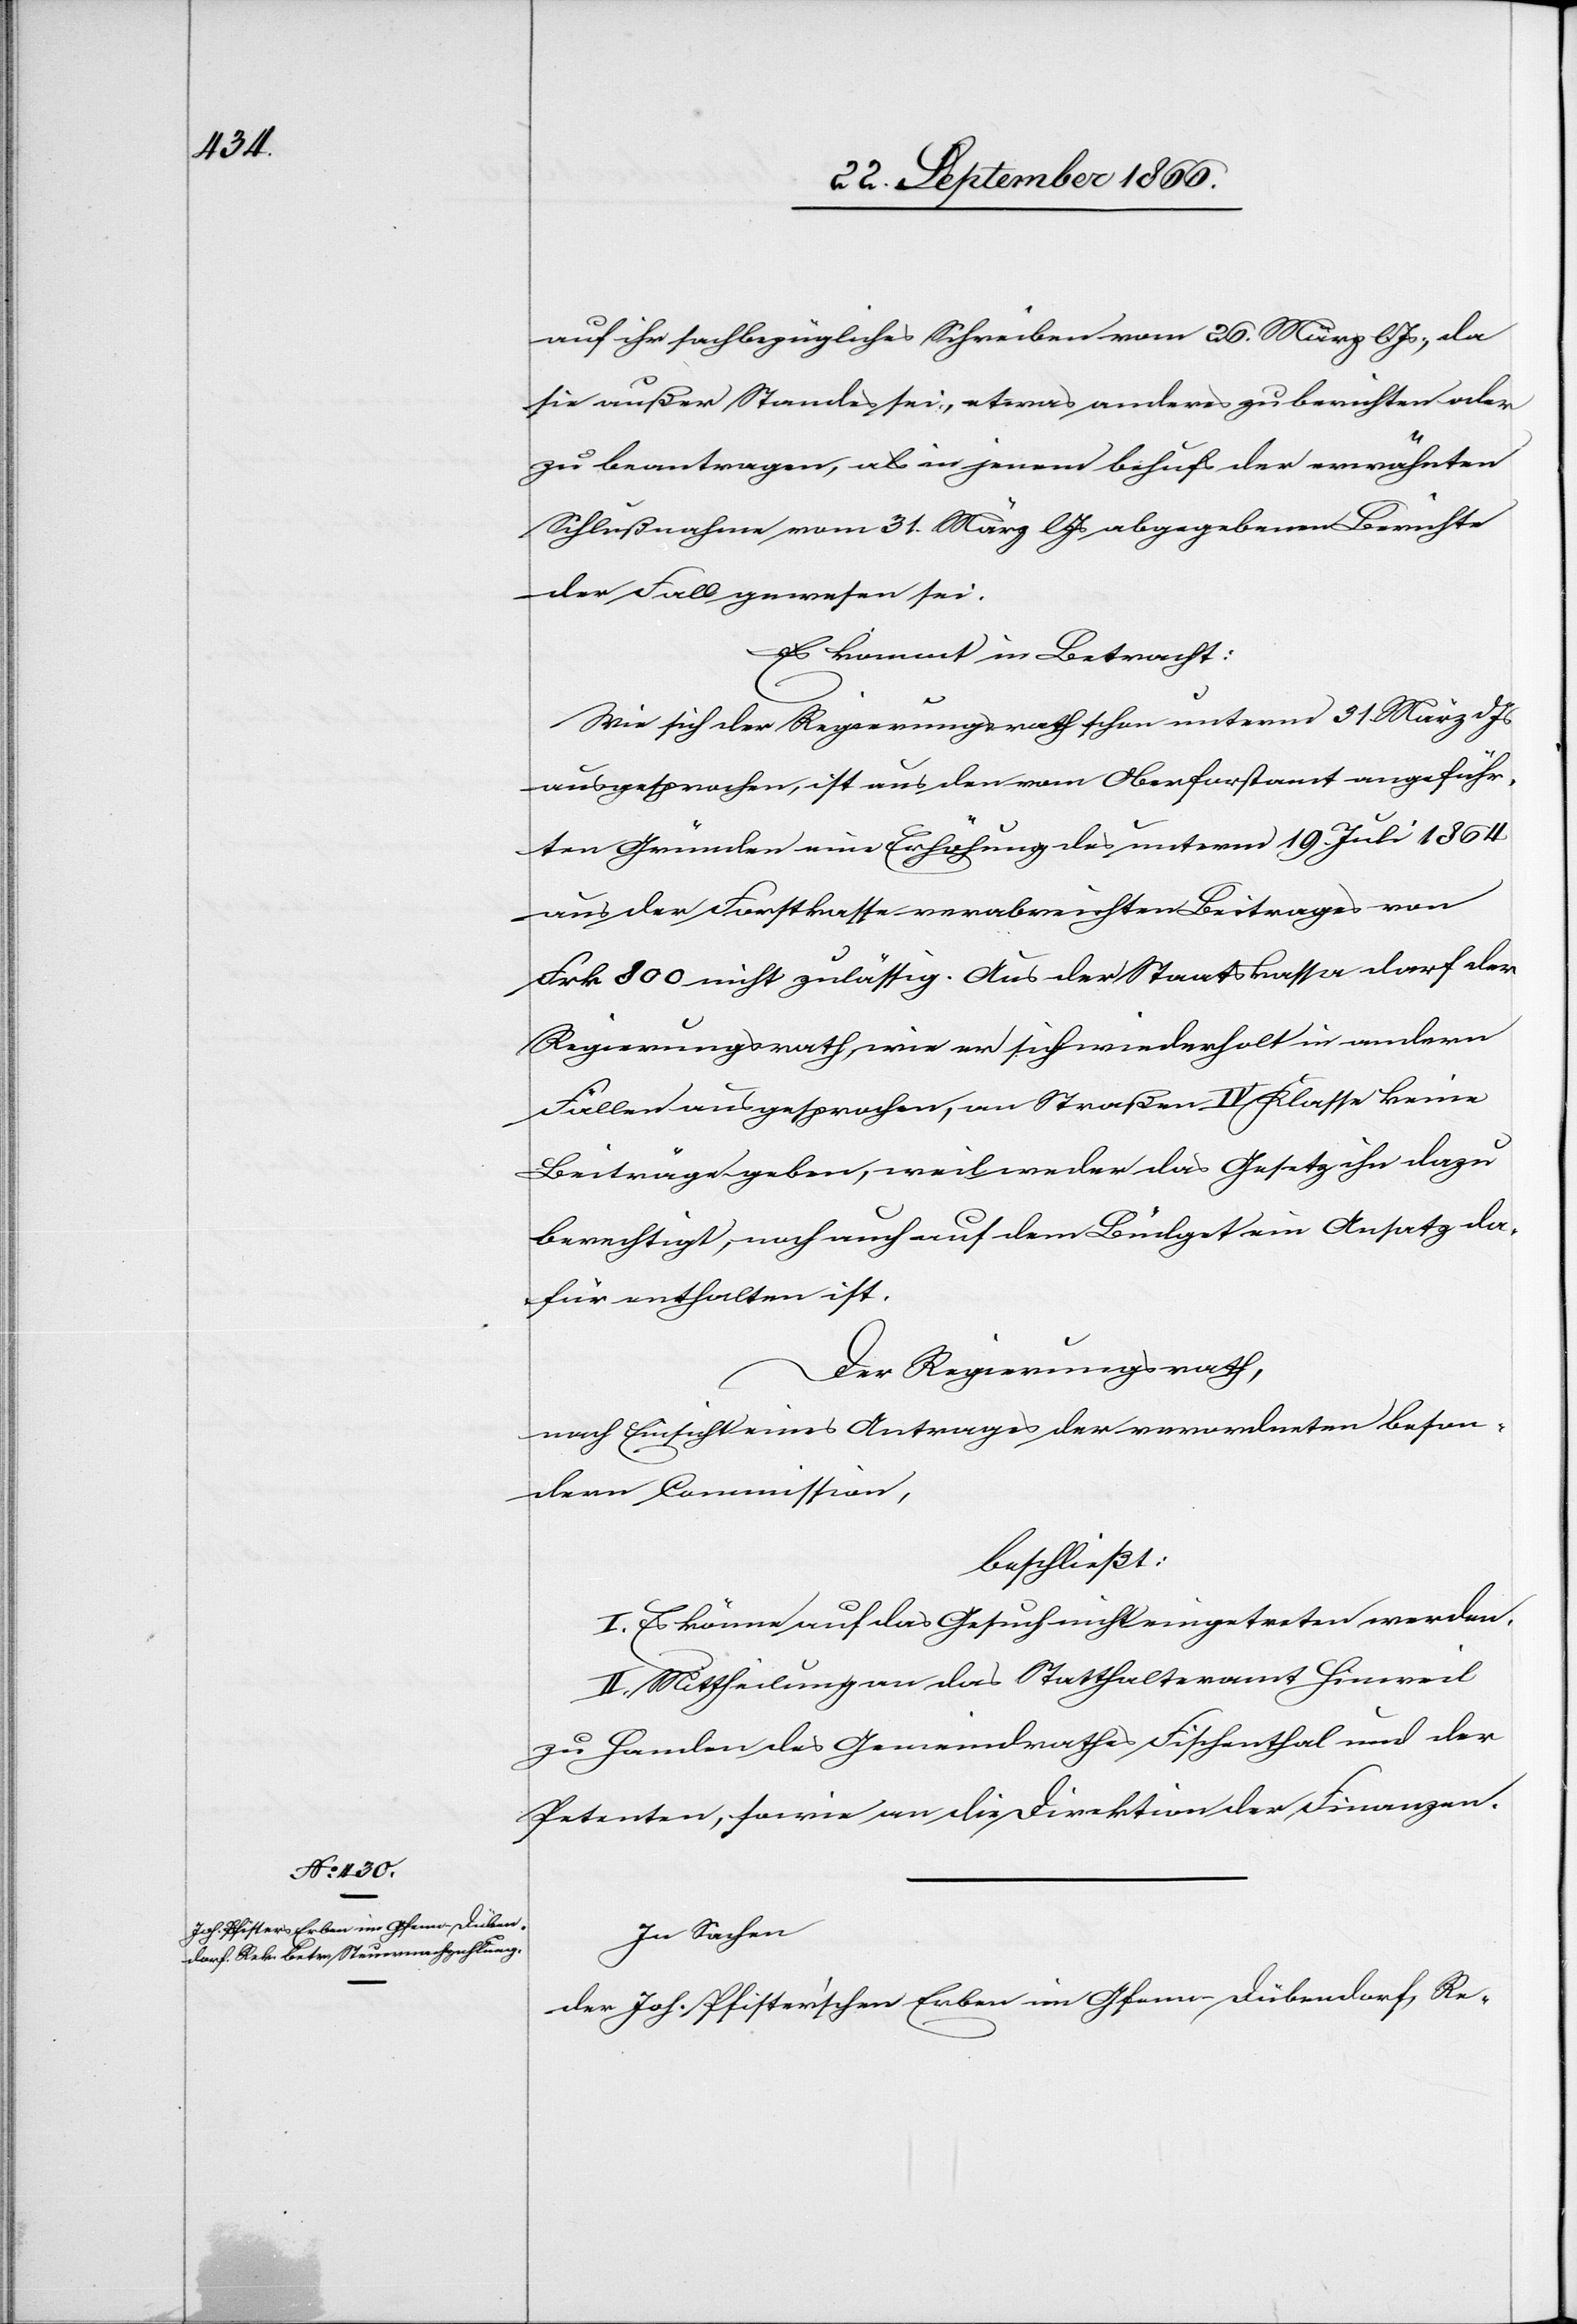
auf ihr sachbezügliches Schreiben vom 26. März lJs., da
sie außer Stande sei, etwas anderes zu berichten oder
zu beantragen, als in jenem behufs der erwähnten
Schlußnahme vom 31. März lJs. abgegebenen Berichte
der Fall gewesen sei.
Es kommt in Betracht:
Wie sich der Regierungsrath schon unterm 31. März dJs
ausgesprochen, ist aus den vom Oberforstamt angeführ¬
ten Gründen eine Erhöhung des unterm 19. Juli 1864
aus der Forstkasse verabreichten Beitrages von
Frk. 800 nicht zulässig. Aus der Staatskassa darf der
Regierungsrath, wie er sich wiederholt in andern
Fällen ausgesprochen, an Straßen IV Klasse keine
Beiträge geben, weil weder das Gesetz ihn dazu
berechtigt, noch auch auf dem Büdget ein Ansatz da¬
für enthalten ist.
Der Regierungsrath,
nach Einsicht eines Antrages der verordneten beson¬
dern Commission,
beschließt:
I. Es könne auf das Gesuch nicht eingetreten werden.
II. Mittheilung an das Statthalteramt Hinweil
zu Handen des Gemeindrathes Fischenthal und der
Petenten, sowie an die Direktion der Finanzen.
In Sachen
der Joh. Pfister’schen Erben in Gfenn Dübendorf, Re-